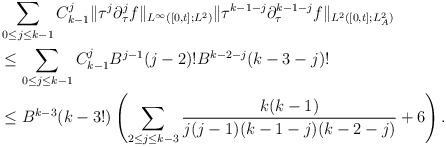
\begin{align*} &\sum_{0\le j\le k-1}C^j_{k-1}\|\tau^j\partial^j_\tau f\|_{L^\infty([0,t];L^2)}\|\tau^{k-1-j}\partial^{k-1-j}_\tau f\|_{L^2([0,t];L^2_A)}\\ &\le\sum_{0\le j\le k-1}C^j_{k-1}B^{j-1}(j-2)!B^{k-2-j}(k-3-j)!\\ &\le B^{k-3}(k-3!)\left(\sum_{2\le j\le k-3}\frac{k(k-1)}{j(j-1)(k-1-j)(k-2-j)}+6\right).\end{align*}